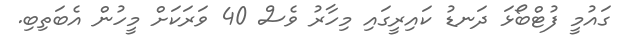
ގައުމީ ފުޓްބޯޅަ ދަނޑު ކައިރީގައި މިހާރު ވެސް 40 ވަރަކަށް މީހުން އެބަތިބި.